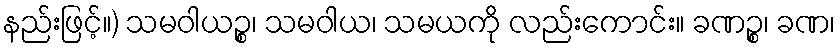
နည်းဖြင့်။) သမဝါယဉ္စ၊ သမဝါယ၊ သမယကို လည်းကောင်း။ ခဏဉ္စ၊ ခဏ၊